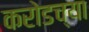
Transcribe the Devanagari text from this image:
करोडच्या